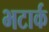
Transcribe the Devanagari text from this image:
भटार्क